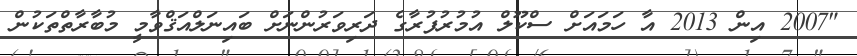
"2007 އިން 2013 އާ ހަމައަށް ސްކޫލް އުމުރުފުރާގެ ދަރިވަރުންނަށް ބައިނަލްއަޤްވާމީ މުބާރާތްތަކުން